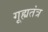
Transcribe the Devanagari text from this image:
गूह्यतंत्र